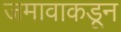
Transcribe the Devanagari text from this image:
जमावाकडून